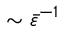
\sim \bar { \varepsilon } ^ { - 1 }